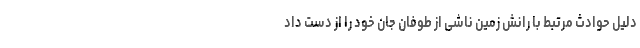
دلیل حوادث مرتبط با رانش زمین ناشی از طوفان جان خود را از دست داد